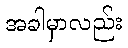
အခါမှာလည်း